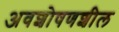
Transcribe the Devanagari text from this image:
अवशोषणशील